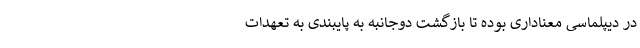
در دیپلماسی معناداری بوده تا بازگشت دوجانبه به پایبندی به تعهدات